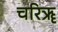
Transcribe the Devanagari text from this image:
चरिॠ